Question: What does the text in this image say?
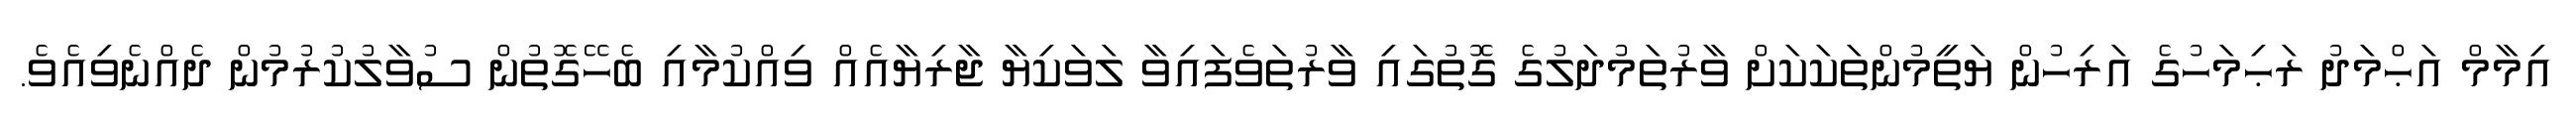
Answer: އިމާމް އަޙްމަދު ރަޙިމަހުގެ އަރިހުން ޔަތީމުންތަކަކަށް ވާރުތަމުދަލުގެ ގޮތުގައި ވާރުތަވެފައިވާ ލަވަކިޔާ ޖާރިޔާއެއް ވިއްކުމާއި ބެހޭގޮތުން ސުވާލުކުރުމުން ދެއްނެވިއެވެ.